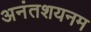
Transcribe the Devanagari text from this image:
अनंतशयनम